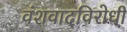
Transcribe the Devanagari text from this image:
वंशवादविरोधी